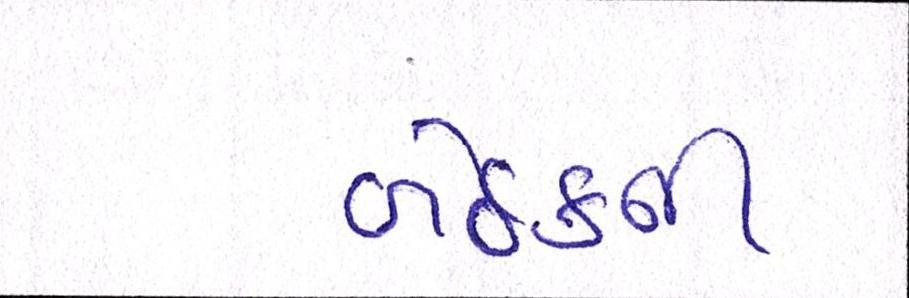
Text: બેઠકની